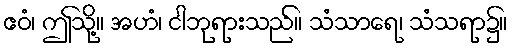
ဧဝံ၊ ဤသို့။ အဟံ၊ ငါဘုရားသည်။ သံသာရေ၊ သံသရာ၌။